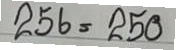
256 = 250